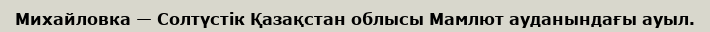
Михайловка — Солтүстік Қазақстан облысы Мамлют ауданындағы ауыл.